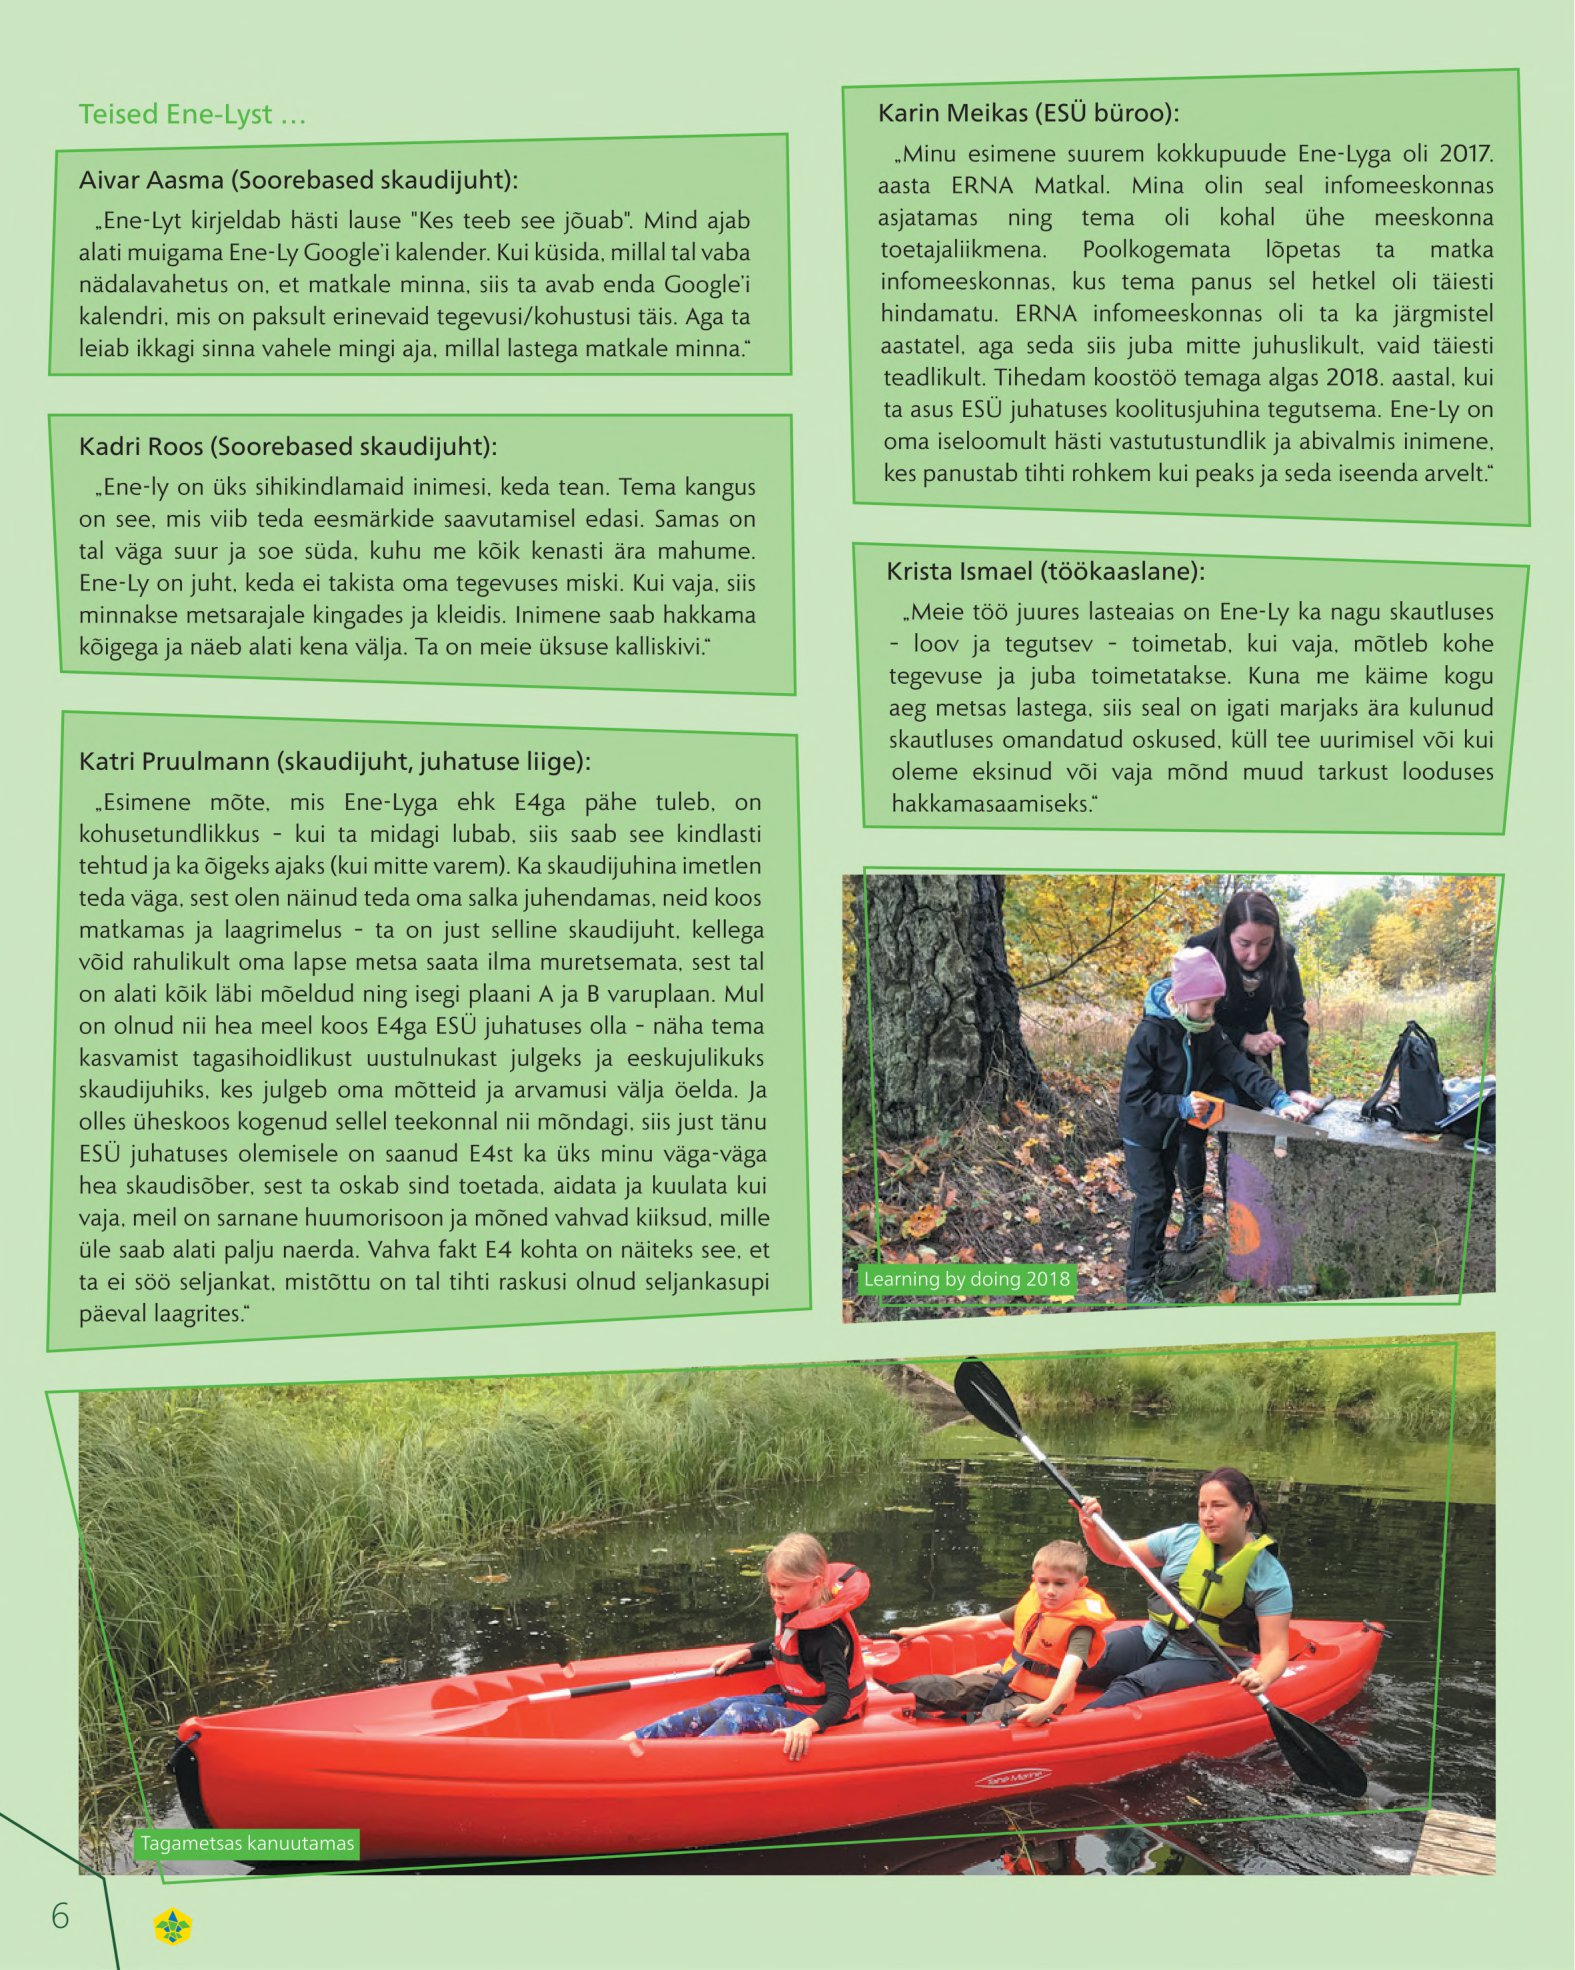
Language: et